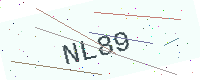
Text: NL89